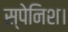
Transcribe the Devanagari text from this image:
स्पेनिश।